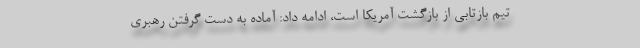
تیم بازتابی از بازگشت آمریکا است، ادامه داد: آماده به دست گرفتن رهبری